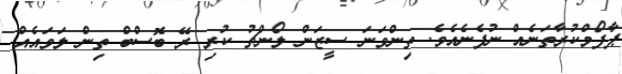
ޕާފޯމްކުރާތަނެއް ނުފެނެއެވެ. ތިންވަނަ ސީޒަން ލޯންޗު ކުރި ރޭ ބޮސްބް ތިން ލަވައެއް